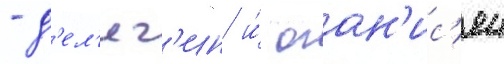
- д'ел'яг'ин и́ оган'ис'ян